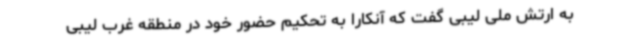
به ارتش ملی لیبی گفت که آنکارا به تحکیم حضور خود در منطقه غرب لیبی